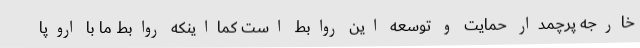
خارجه پرچمدار حمایت و توسعه این روابط است کمااینکه روابط ما با اروپا